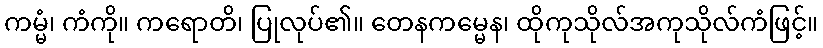
ကမ္မံ၊ ကံကို။ ကရောတိ၊ ပြုလုပ်၏။ တေနကမ္မေန၊ ထိုကုသိုလ်အကုသိုလ်ကံဖြင့်။